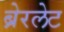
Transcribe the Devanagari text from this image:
ब्रेरलेट